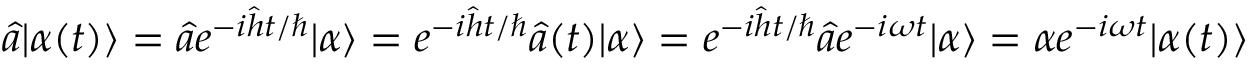
\hat { a } | \alpha ( t ) \rangle = \hat { a } e ^ { - i \hat { h } t / \hbar } | \alpha \rangle = e ^ { - i \hat { h } t / \hbar } \hat { a } ( t ) | \alpha \rangle = e ^ { - i \hat { h } t / \hbar } \hat { a } e ^ { - i \omega t } | \alpha \rangle = \alpha e ^ { - i \omega t } | \alpha ( t ) \rangle